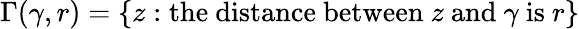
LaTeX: \Gamma(\gamma,r)=\{ z:{\mathrm{the~distance~between~}}z{\mathrm{~and~}}\gamma{\mathrm{~is~}}r\}